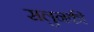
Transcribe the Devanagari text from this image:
सलुनकी